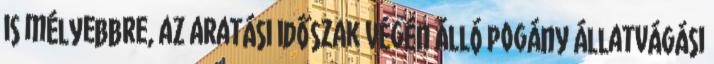
is mélyebbre, az aratási időszak végén álló pogány állatvágási